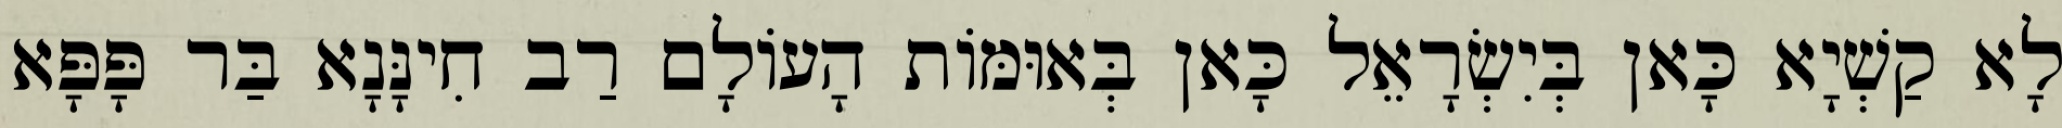
לָא קַשְׁיָא כָּאן בְּיִשְׂרָאֵל כָּאן בְּאוּמּוֹת הָעוֹלָם רַב חִינָּנָא בַּר פָּפָּא